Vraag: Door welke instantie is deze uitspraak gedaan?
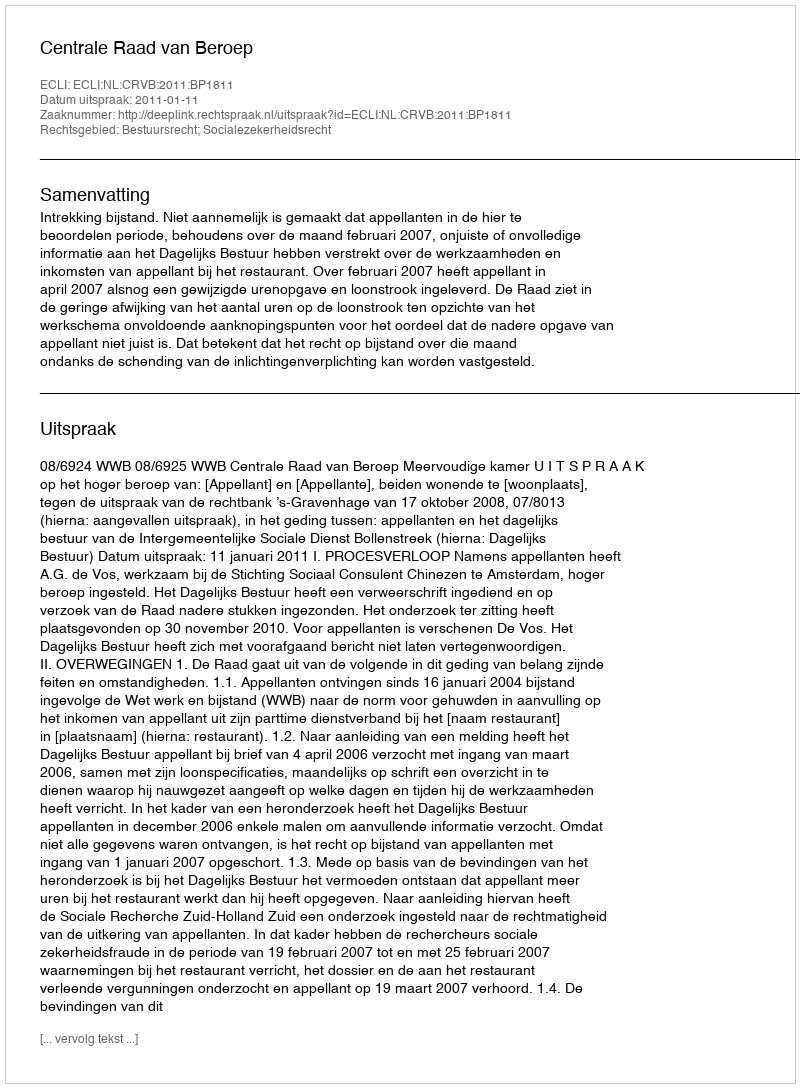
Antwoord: Centrale Raad van Beroep